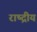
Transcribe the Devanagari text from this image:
राष्द्रीय